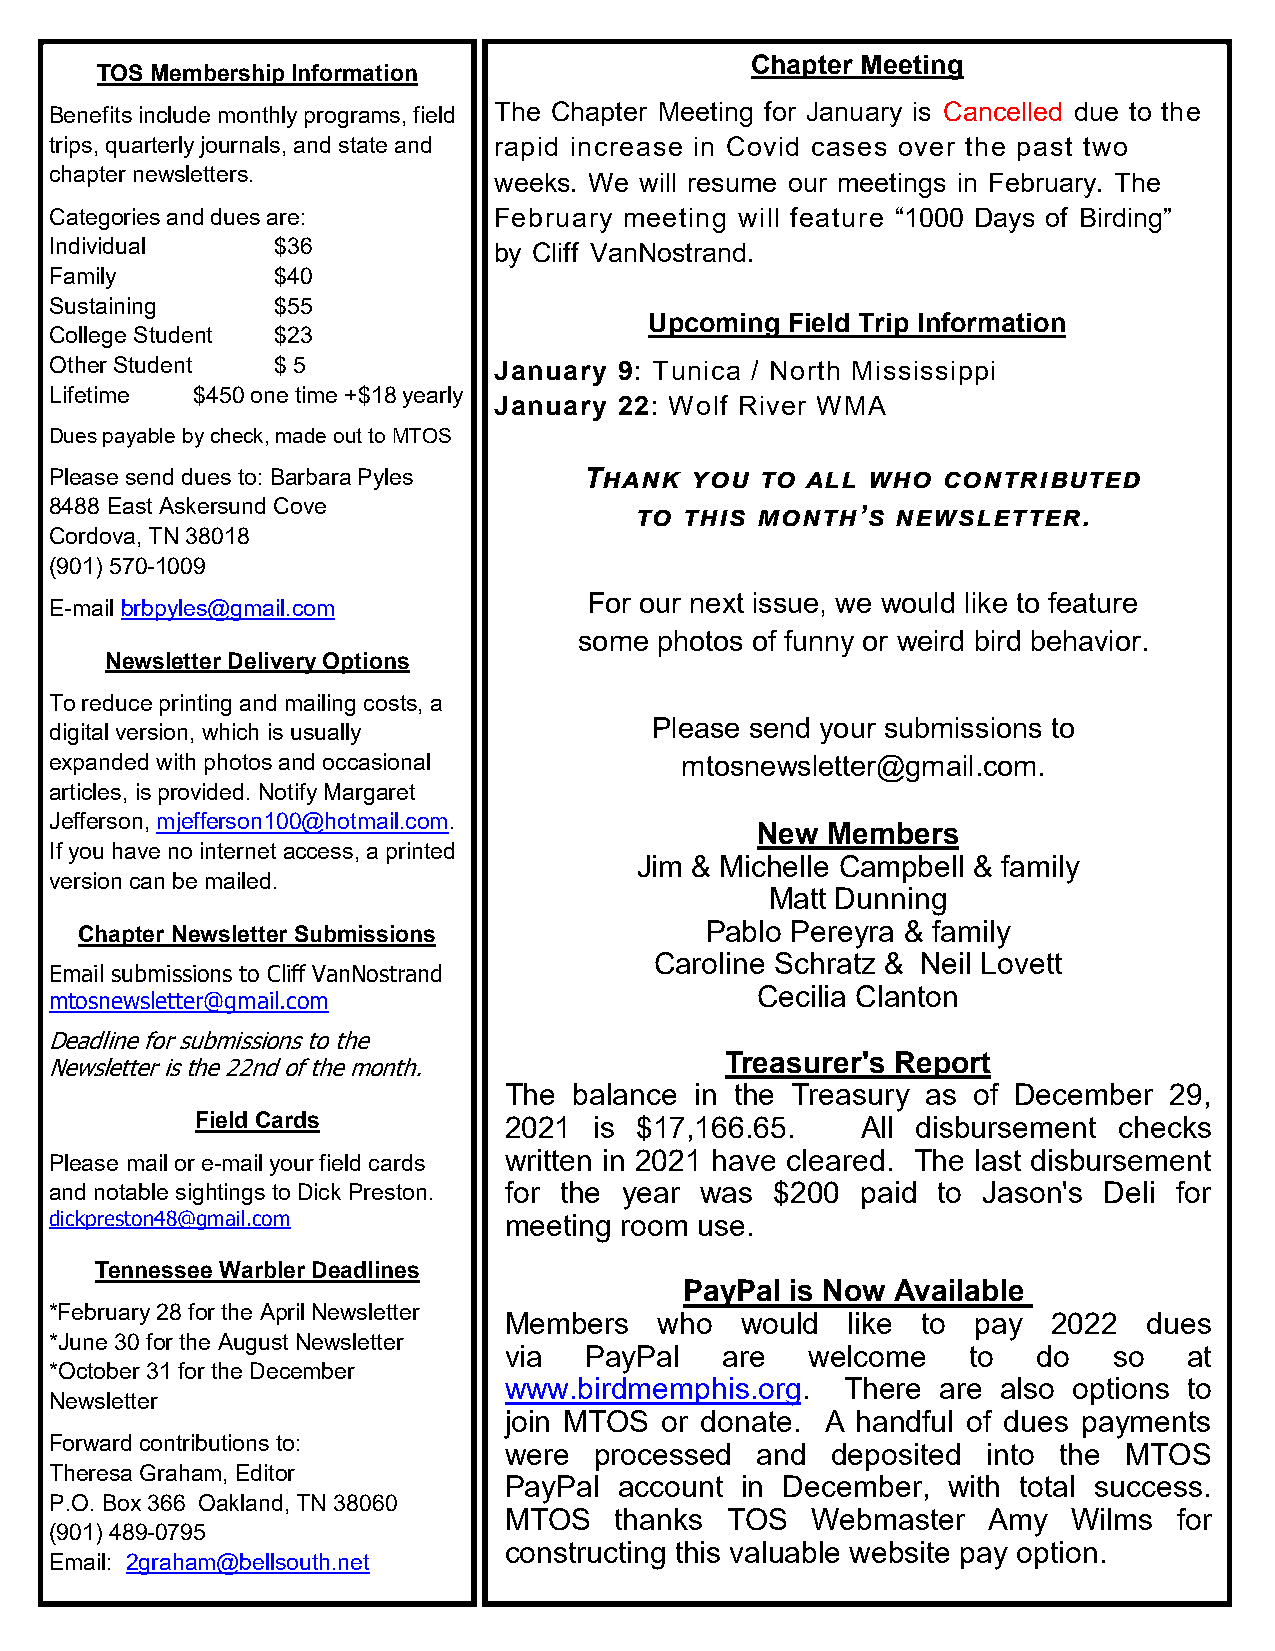
Chapter Meeting
 TOS Membership Information
 Benefits include monthly programs, field The Chapter Meeting for January is Cancelled due to the
 trips, quarterly journals, and state and rapid increase in Covid cases over the past two
 chapter newsletters.          weeks. We will resume our meetings in February. The
 Categories and dues are:      February meeting will feature “1000 Days of Birding”
 Individual     $36            by Cliff VanNostrand.
 Family         $40
 Sustaining     $55
 Upcoming Field Trip Information
 College Student $23
 Other Student  $ 5            January 9: Tunica / North Mississippi
 Lifetime  $450 one time +$18 yearly
 January 22: Wolf River WMA
 Dues payable by check, made out to MTOS
 Please send dues to: Barbara Pyles  T h a n k you to all who contributed
 8488 East Askersund Cove
 to this month’s  newsletter.
 Cordova, TN 38018
 (901) 570-1009
 For our next issue, we would like to feature
 E-mail brbpyles@gmail.com
 some photos of funny or weird bird behavior.
 Newsletter Delivery Options
 To reduce printing and mailing costs, a
 Please send your submissions to
 digital version, which is usually
 expanded with photos and occasional       mtosnewsletter@gmail.com.
 articles, is provided. Notify Margaret
 Jefferson, mjefferson100@hotmail.com.
 New  Members
 If you have no internet access, a printed
 Jim & Michelle Campbell & family
 version can be mailed.
 Matt Dunning
 Chapter Newsletter Submissions            Pablo Pereyra & family
 Caroline Schratz & Neil Lovett
 Email submissions to Cliff VanNostrand
 Cecilia Clanton
 mtosnewsletter@gmail.com
 Deadline for submissions to the
 Treasurer's Report
 Newsletter is the 22nd of the month.
 The  balance in the Treasury as of December 29,
 Field Cards         2021  is $17,166.65.    All disbursement checks
 Please mail or e-mail your field cards written in 2021 have cleared. The last disbursement
 and notable sightings to Dick Preston. for the year was $200 paid to Jason's Deli for
 dickpreston48@gmail.com       meeting room use.
 Tennessee Warbler Deadlines
 PayPal is Now Available
 *February 28 for the April Newsletter
 Members    who  would  like to  pay  2022  dues
 *June 30 for the August Newsletter
 via   PayPal   are   welcome   to   do   so   at
 *October 31 for the December
 www.birdmemphis.org.   There are also options to
 Newsletter
 join MTOS  or donate. A handful of dues payments
 Forward contributions to:
 were  processed  and  deposited into the MTOS
 Theresa Graham, Editor
 PayPal  account in December,  with total success.
 P.O. Box 366 Oakland, TN 38060
 MTOS    thanks TOS   Webmaster  Amy   Wilms  for
 (901) 489-0795
 constructing this valuable website pay option.
 Email: 2graham@bellsouth.net